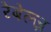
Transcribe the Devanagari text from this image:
रेबेल्ज़